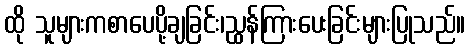
ထို သူများကစာပေပို့ချခြင်း၊ညွှန်ကြားပေးခြင်းများပြုသည်။